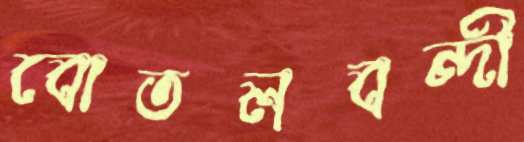
বোতলবন্দী